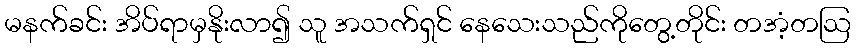
မနက်ခင်း အိပ်ရာမှနိုးလာ၍ သူ အသက်ရှင် နေသေးသည်ကိုတွေ့တိုင်း တအံ့တဩ